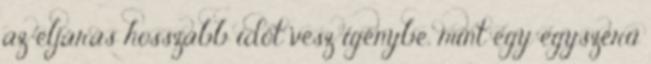
az eljárás hosszabb időt vesz igénybe, mint egy egyszerű